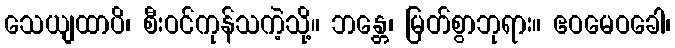
သေယျထာပိ၊ စီးဝင်ကုန်သကဲ့သို့။ ဘန္တေ၊ မြတ်စွာဘုရား။ ဧဝမေဝခေါ၊